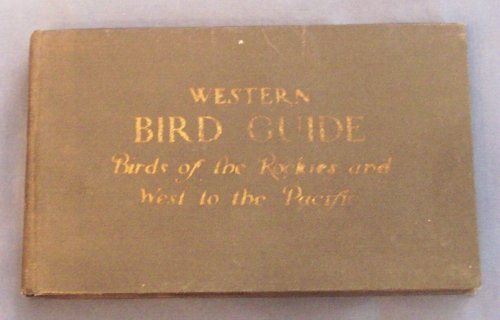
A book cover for Western Bird Guide: Birds of the Rockies and West to the Pacific; Sports & Outdoors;